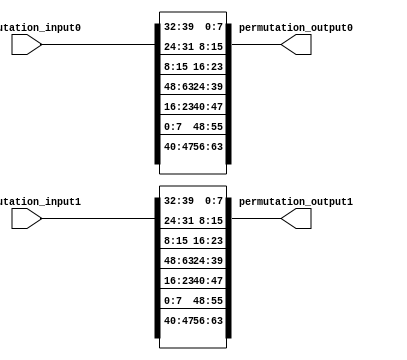
`timescale 1ns / 1ps
//////////////////////////////////////////////////////////////////////////////////
// Company: 
// Engineer: 
// 
// Design Name: 
// Module Name:    shared_permutation_right 
// Project Name: 
// Target Devices: 
// Tool versions: 
// Description: 
//
// Dependencies: 
//
// Revision: 
// Revision 0.01 - File Created
// Additional Comments: 
//
//////////////////////////////////////////////////////////////////////////////////
module shared_permutation_right(
	input [63:0] permutation_input0,
	input [63:0] permutation_input1,
	
    output [63:0] permutation_output0,
    output [63:0] permutation_output1
    );
	
	assign permutation_output0 = {permutation_input0[47:40],
                                  permutation_input0[07:00],
                                  permutation_input0[23:16],
                                  permutation_input0[63:56],
                                  permutation_input0[55:48],
                                  permutation_input0[15:08],
                                  permutation_input0[31:24],
                                  permutation_input0[39:32]
    };
	
	assign permutation_output1 = {permutation_input1[47:40],
                                  permutation_input1[07:00],
                                  permutation_input1[23:16],
                                  permutation_input1[63:56],
                                  permutation_input1[55:48],
                                  permutation_input1[15:08],
                                  permutation_input1[31:24],
                                  permutation_input1[39:32]
    };
	
endmodule